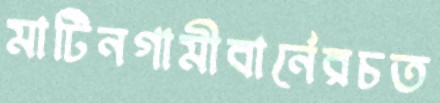
মার্টিনগামীবার্নেরচত